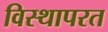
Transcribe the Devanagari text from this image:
विस्थापरत